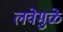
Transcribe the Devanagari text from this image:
लवेमुळे